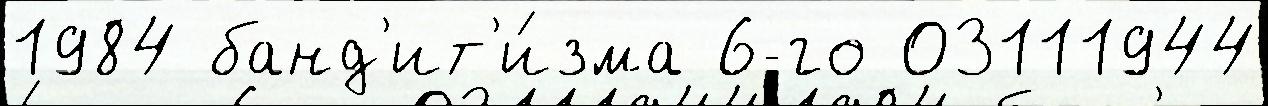
1984 банд'ит'и́зма 6-го 03111944